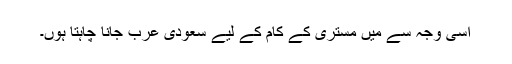
اسی وجہ سے میں مِستری کے کام کے لیے سعودی عرب جانا چاہتا ہوں۔